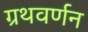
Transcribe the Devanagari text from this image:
ग्रथवर्णन